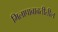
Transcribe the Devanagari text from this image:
मिलापाबाबतीतील